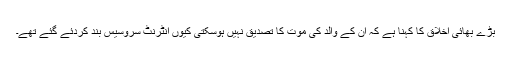
بڑے بھائی اخلاق کا کہنا ہے کہ ان کے والد کی موت کا تصدیق نہیں ہوسکتی کیوں انٹرنٹ سروسیس بند کردئے گئے تھے۔